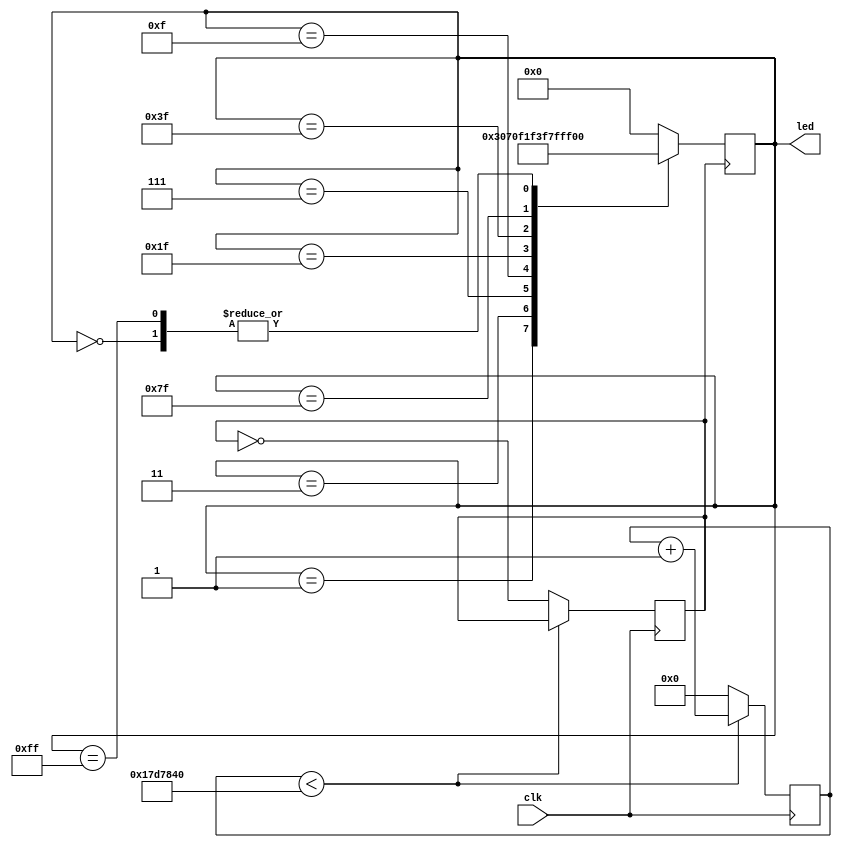
`timescale 1ns / 1ps
//////////////////////////////////////////////////////////////////////////////////
// Company: 
// Engineer: 
// 
// Design Name: 
// Module Name:    LEDflowing 
// Project Name: 
// Target Devices: 
// Tool versions: 
// Description: 
//
// Dependencies: 
//
// Revision: 
// Revision 0.01 - File Created
// Additional Comments: 
//
//////////////////////////////////////////////////////////////////////////////////
module LEDflowing(
    input clk,
    output reg [7:0] led
    );
	 
	 reg clk_1hz;
	 reg [24:0] count;
	 
	 always @ (posedge clk)
	 begin
	 if (count < 25'b1_0111_1101_0111_1000_0100_0000)
	 count <= count+1;
	 else
	 begin
	 count <= 0;
	 clk_1hz <= ~clk_1hz;
	 end
	 end
	 
	 always @ (posedge clk_1hz)
	 begin
	 case(led)
	 8'b0000_0000: led<=8'b0000_0001;
	 8'b0000_0001: led<=8'b0000_0011;
	 8'b0000_0011: led<=8'b0000_0111;
	 8'b0000_0111: led<=8'b0000_1111;
	 8'b0000_1111: led<=8'b0001_1111;
	 8'b0001_1111: led<=8'b0011_1111;
	 8'b0011_1111: led<=8'b0111_1111;
	 8'b0111_1111: led<=8'b1111_1111;
	 8'b1111_1111: led<=8'b0000_0001;
	 default: led <=8'b0000_0000;
	 endcase
	 end


endmodule